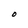
Character: O